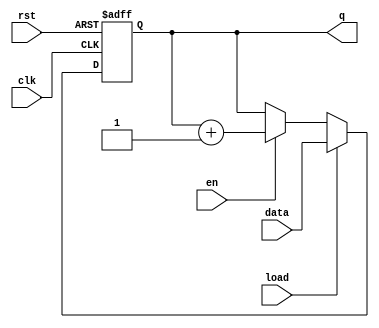
module synchronous_counter (
    input wire clk,             // Clock input
    input wire rst,             // Reset input
    input wire en,              // Enable input
    input wire load,            // Load input
    input wire [3:0] data,      // Load value (4-bit for BCD and binary)
    output reg [3:0] q          // Current count output
);

    // Counter mode selection
    parameter MODE_BINARY = 1'b0; // Binary mode
    parameter MODE_BCD    = 1'b1; // BCD mode
    parameter COUNT_MODE = MODE_BINARY; // Select counting mode here

    // Always block for synchronous operations
    always @(posedge clk or posedge rst) begin
        if (rst) begin
            // Reset the counter to 0
            q <= 4'b0000;
        end else if (load) begin
            // Load the counter with the provided data
            q <= data;
        end else if (en) begin
            // Increment the counter based on the counting mode
            if (COUNT_MODE == MODE_BINARY) begin
                // Binary Counter
                q <= q + 1;
            end else if (COUNT_MODE == MODE_BCD) begin
                // BCD Counter (0-9)
                if (q == 4'b1001) begin
                    q <= 4'b0000; // Reset to 0 after count of 9
                end else begin
                    q <= q + 1; // Increment normally
                end
            end
        end
    end

endmodule